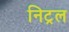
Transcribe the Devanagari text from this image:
निट्रल